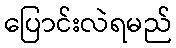
ပြောင်းလဲရမည်